Lunatic asylums Madras 1877-1891 - 1877-1891
Year: 1877
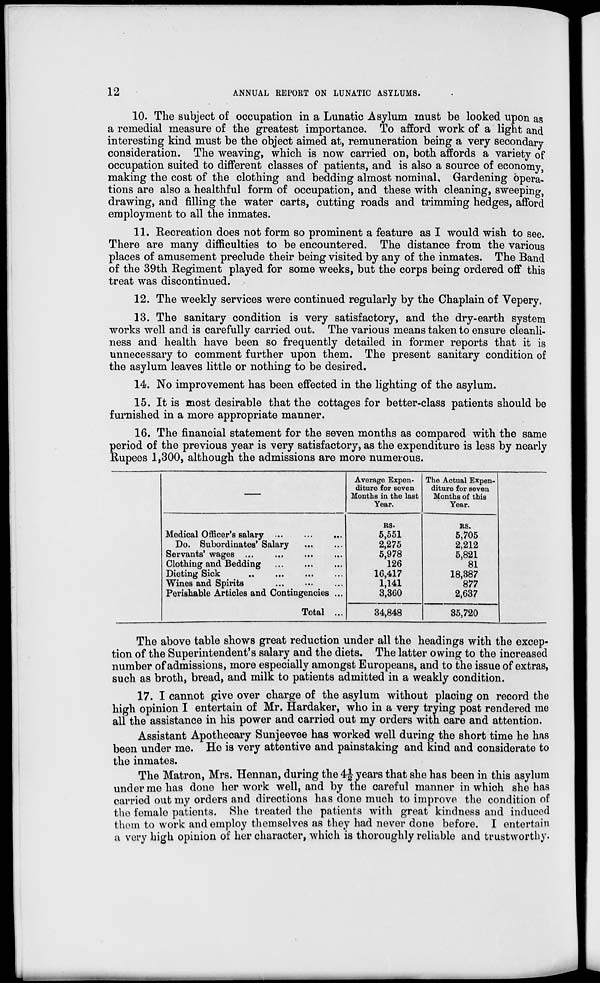
12
ANNUAL REPORT ON LUNATIC ASYLUMS.
10. The subject of occupation in a Lunatic Asylum must be looked upon as
a remedial measure of the greatest importance. To afford work of a light and
interesting kind must be the object aimed at, remuneration being a very secondary
consideration. The weaving, which is now carried on, both affords a variety of
occupation suited to different classes of patients, and is also a source of economy,
making the cost of the clothing and bedding almost nominal. Gardening opera-
tions are also a healthful form of occupation, and these with cleaning, sweeping,
drawing, and filling the water carts, cutting roads and trimming hedges, afford
employment to all the inmates.
11. Recreation does not form so prominent a feature as I would wish to see.
There are many difficulties to be encountered. The distance from the various
places of amusement preclude their being visited by any of the inmates. The Band
of the 39th Regiment played for some weeks, but the corps being ordered off this
treat was discontinued.
12. The weekly services were continued regularly by the Chaplain of Vepery.
13. The sanitary condition is very satisfactory, and the dry-earth system
works well and is carefully carried out. The various means taken to ensure cleanli-
ness and health have been so frequently detailed in former reports that it is
unnecessary to comment further upon them. The present sanitary condition of
the asylum leaves little or nothing to be desired.
14. No improvement has been effected in the lighting of the asylum.
15. It is most desirable that the cottages for better-class patients should be
furnished in a more appropriate manner.
16. The financial statement for the seven months as compared with the same
period of the previous year is very satisfactory, as the expenditure is less by nearly
Rupees 1,300, although the admissions are more numerous.
Medical Officer's salary ... ... ...
Do. Subordinates' Salary ... ...
Servants' wages ... ... ... ...
Clothing and Bedding ... ... ...
Dieting Sick ... ... ... ...
Wines and Spirits ... ... ...
Perishable Articles and Contingencies ...
Total ...
Average Expen-
diture for seven
Months in the last
Year.
Rs.
5,551
2,275
5,978
126
16,417
1,141
3,360
34,848
The Actual Expen-
diture for seven
Months of this
Year.
Rs.
5,705
2,212
5,821
81
18,387
877
2,637
35,720
The above table shows great reduction under all the headings with the excep-
tion of the Superintendent's salary and the diets. The latter owing to the increased
number of admissions, more especially amongst Europeans, and to the issue of extras,
such as broth, bread, and milk to patients admitted in a weakly condition.
17. I cannot give over charge of the asylum without placing on record the
high opinion I entertain of Mr. Hardaker, who in a very trying post rendered me
all the assistance in his power and carried out my orders with care and attention.
Assistant Apothecary Sunjeevee has worked well during the short time he has
been under me. He is very attentive and painstaking and kind and considerate to
the inmates.
The Matron, Mrs. Hennan, during the 4½ years that she has been in this asylum
under me has done her work well, and by the careful manner in which she has
carried out my orders and directions has done much to improve the condition of
the female patients. She treated the patients with great kindness and induced
them to work and employ themselves as they had never done before. I entertain
a very high opinion of her character, which is thoroughly reliable and trustworthy.